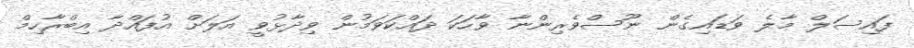
ފައިސަލް މާލެ ވަޑައިގެން ނޫސްވެރިންނާ ވާހަކަ ދައްކަވަމުން ވިދާޅުވީ އަލަށް އުފައްދާ އިބްރާހިމް